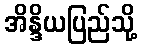
အိန္ဒိယပြည်သို့